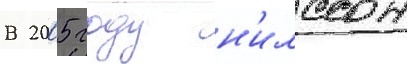
В 2005 году н'илссон